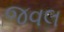
જવલ